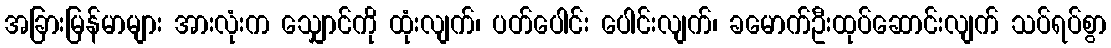
အခြားမြန်မာများ အားလုံးက သျှောင်ကို ထုံးလျက်၊ ပတ်ပေါင်း ပေါင်းလျက်၊ ခမောက်ဦးထုပ်ဆောင်းလျက် သပ်ရပ်စွာ